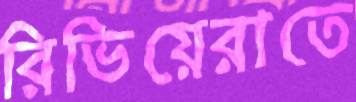
রিভিয়েরাতে